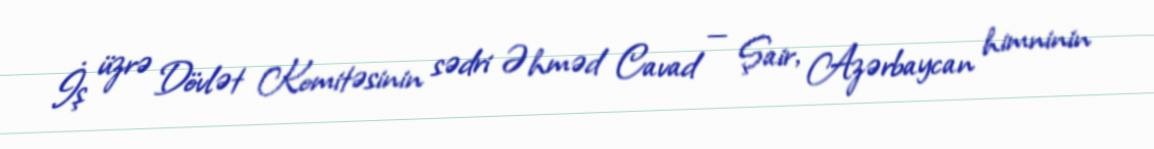
İş üzrə Dövlət Komitəsinin sədri Əhməd Cavad — Şair, Azərbaycan himninin